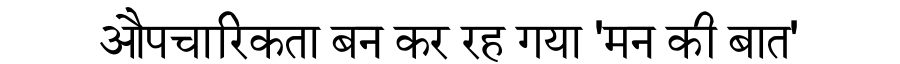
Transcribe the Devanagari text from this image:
औपचारिकता बन कर रह गया 'मन की बात'